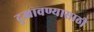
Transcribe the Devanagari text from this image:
दुखावण्यासाठी